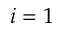
i = 1